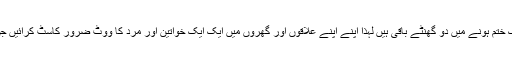
انہوں نے پولنگ کیمپوں پر موجود نوجوانوں ، بزرگوں ، خواتین سے اپیل کی کہ ابھی پولنگ ختم ہونے میں دو گھنٹے باقی ہیں لہٰذا اپنے اپنے علاقوں اور گھروں میں ایک ایک خواتین اور مرد کا ووٹ ضرور کاسٹ کرائیں جن لوگوں نے ڈر و خوف کی فضا پیدا کی ہے وہ ایم کیوایم کی فتح پرآج رات ماتم کریں گے ۔